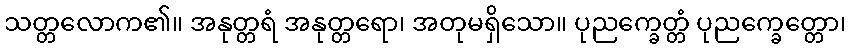
သတ္တလောက၏။ အနုတ္တရံ အနုတ္တရော၊ အတုမရှိသော။ ပုညက္ခေတ္တံ ပုညက္ခေတ္တော၊